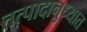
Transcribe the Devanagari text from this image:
तत्पादानुध्यात